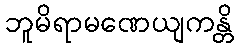
ဘူမိရာမဏေယျကန္တိ